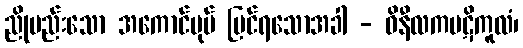
ညိုမည်းသော အကောင်ပုပ် မြင်ရသောအခါ - ဝိနီလကပဋိကူလံ၊